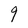
Character: 9